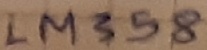
Text: LM358